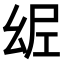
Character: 𢇀